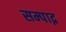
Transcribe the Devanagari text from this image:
सम्पाद्न